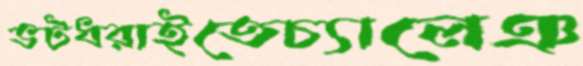
ভটধরাইতেচ্যালেঞ